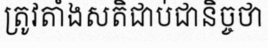
ត្រូវតាំងសតិជាប់ជានិច្ចថា